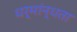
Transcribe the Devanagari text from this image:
धर्मांन्धता